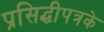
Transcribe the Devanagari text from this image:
प्रसिद्धीपत्रके